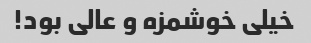
خیلی خوشمزه و عالی بود!